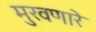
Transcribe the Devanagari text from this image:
मुरवणारे